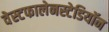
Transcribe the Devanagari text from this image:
वेस्टफालेनस्टेडियॉन